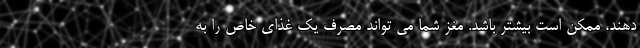
دهند، ممکن است بیشتر باشد. مغز شما می تواند مصرف یک غذای خاص را به